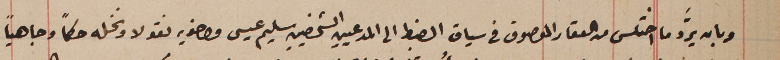
وبان يردَّ ما اختلس من العقار الموصوف فى سياق الضبط الى المدعيين الشخصيين سليم عيسى واخويه نقولا ونخله حكماً وجاهياً